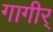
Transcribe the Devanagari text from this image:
गागीर्